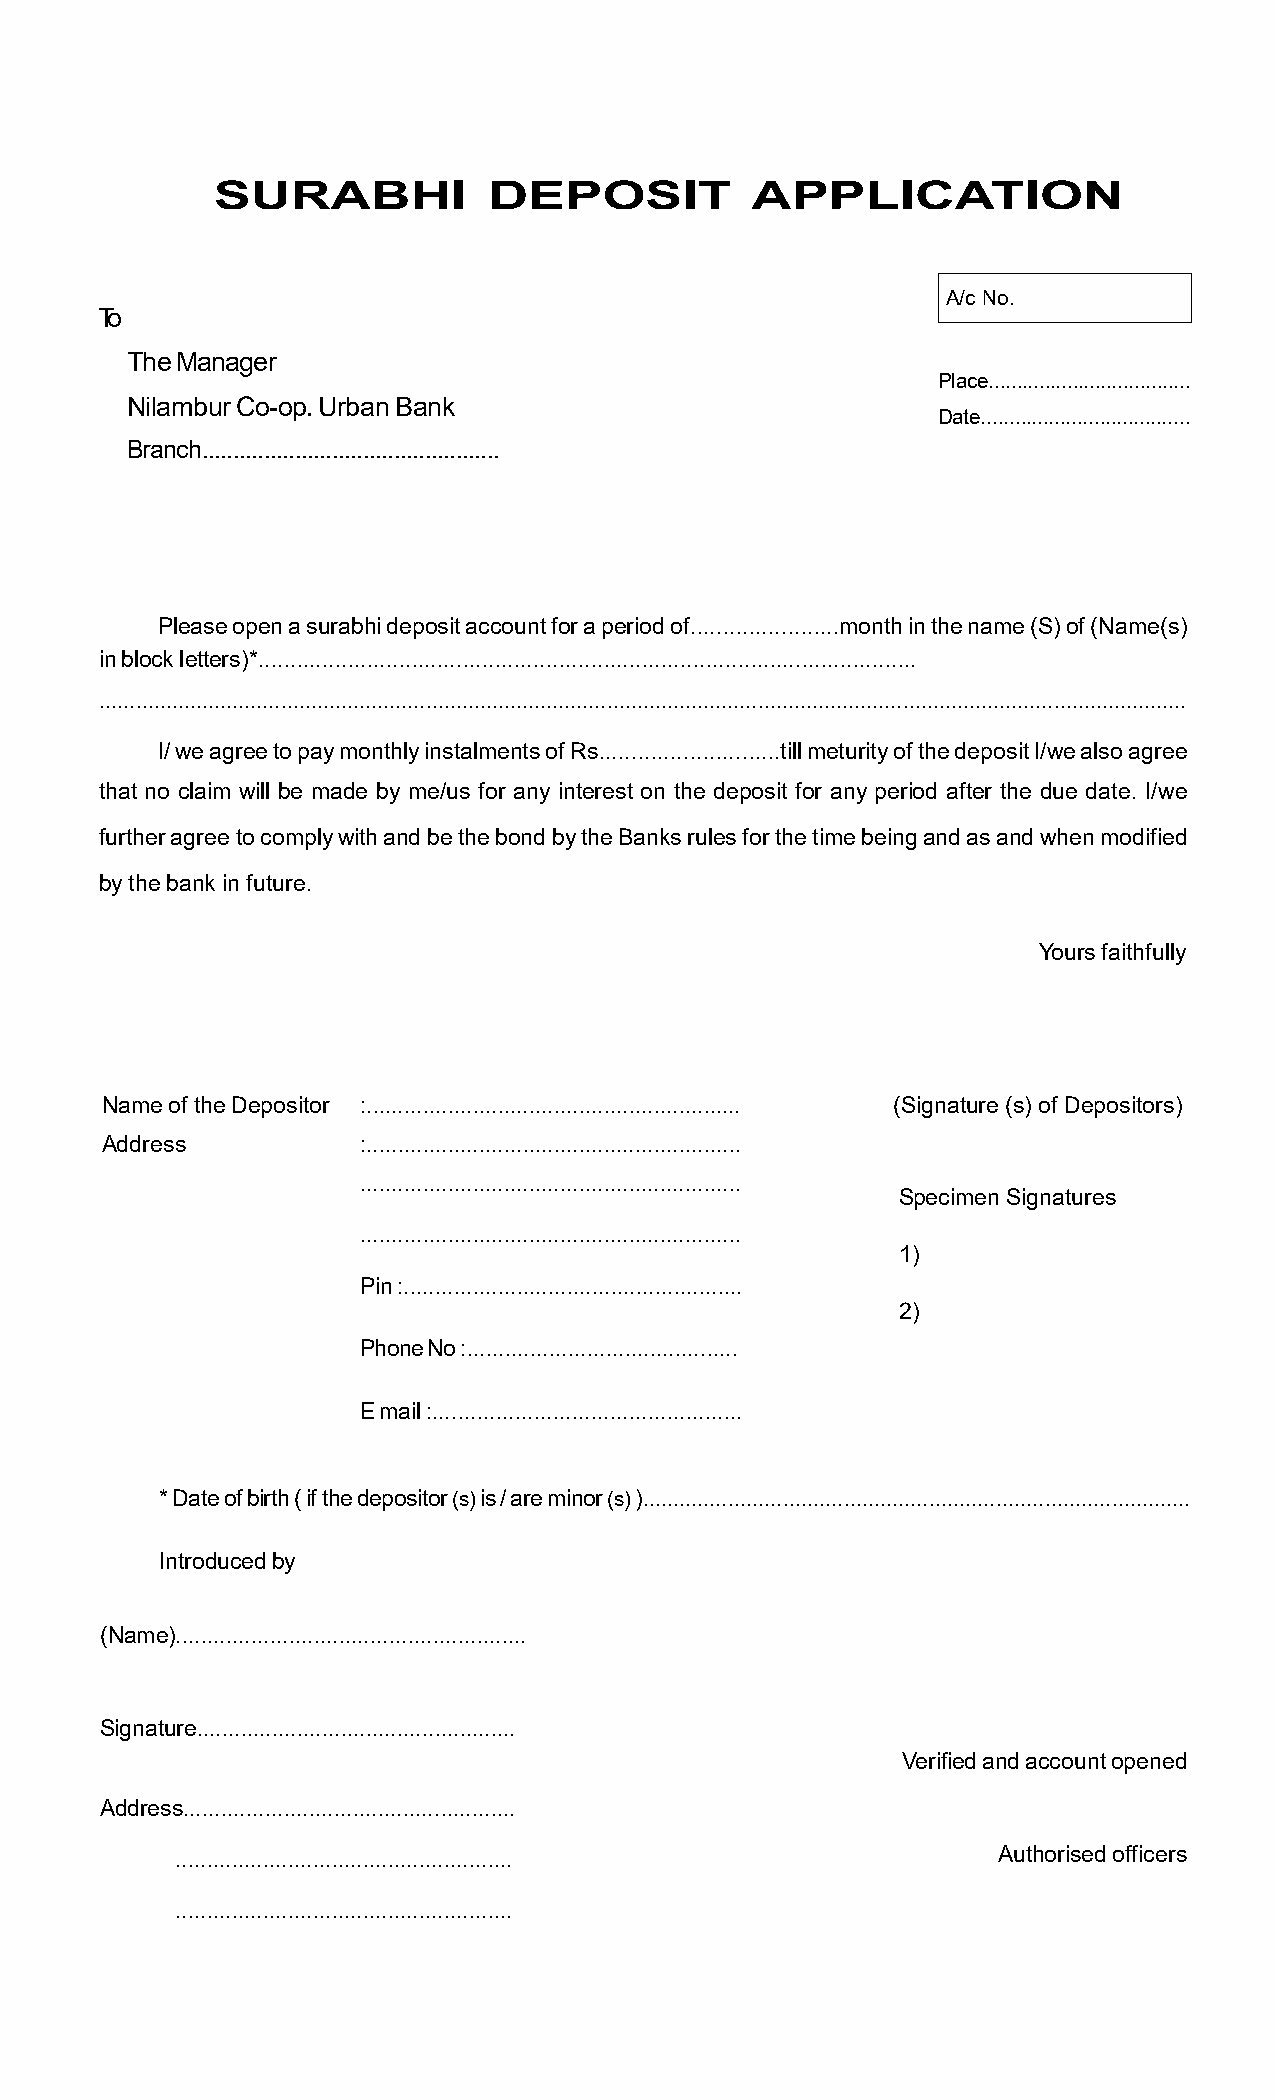
SURABHI           DEPOSIT           APPLICATION
 A/c No.
 To
 The Manager
 Place....................................
 Nilambur Co-op. Urban Bank
 Date.....................................
 Branch................................................
 Please open a surabhi deposit account for a period of.......................month in the name (S) of (Name(s)
 in block letters)*.......................................................................................................
 ....................................................................................................................................................................................
 I/ we agree to pay monthly instalments of Rs............................till meturity of the deposit I/we also agree
 that no claim will be made by me/us for any interest on the deposit for any period after the due date. I/we
 further agree to comply with and be the bond by the Banks rules for the time being and as and when modified
 by the bank in future.
 Yours faithfully
 Name of the Depositor :............................................................ (Signature (s) of Depositors)
 Address          :............................................................
 .............................................................
 Specimen Signatures
 .............................................................
 1)
 Pin :......................................................
 2)
 Phone No :...........................................
 E mail :.................................................
 * Date of birth ( if the depositor (s) is / are minor (s) )..........................................................................................
 Introduced by
 (Name)........................................................
 Signature...................................................
 Verified and account opened
 Address.....................................................
 ...................................................... Authorised officers
 ......................................................